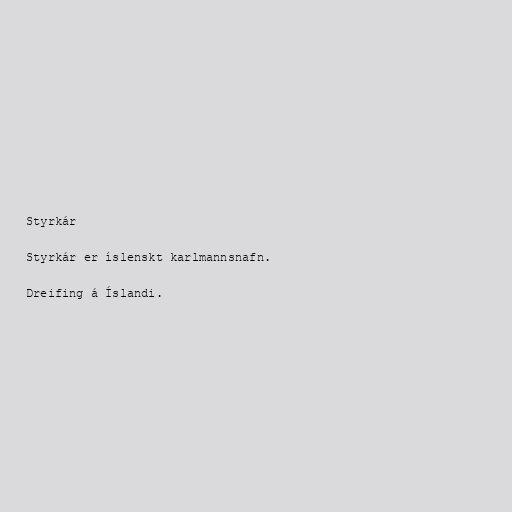
Styrkár

Styrkár er íslenskt karlmannsnafn.

Dreifing á Íslandi.